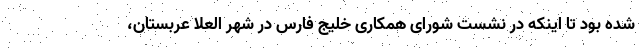
شده بود تا اینکه در نشست شورای همکاری خلیج فارس در شهر العلا عربستان،